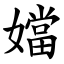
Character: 㜭